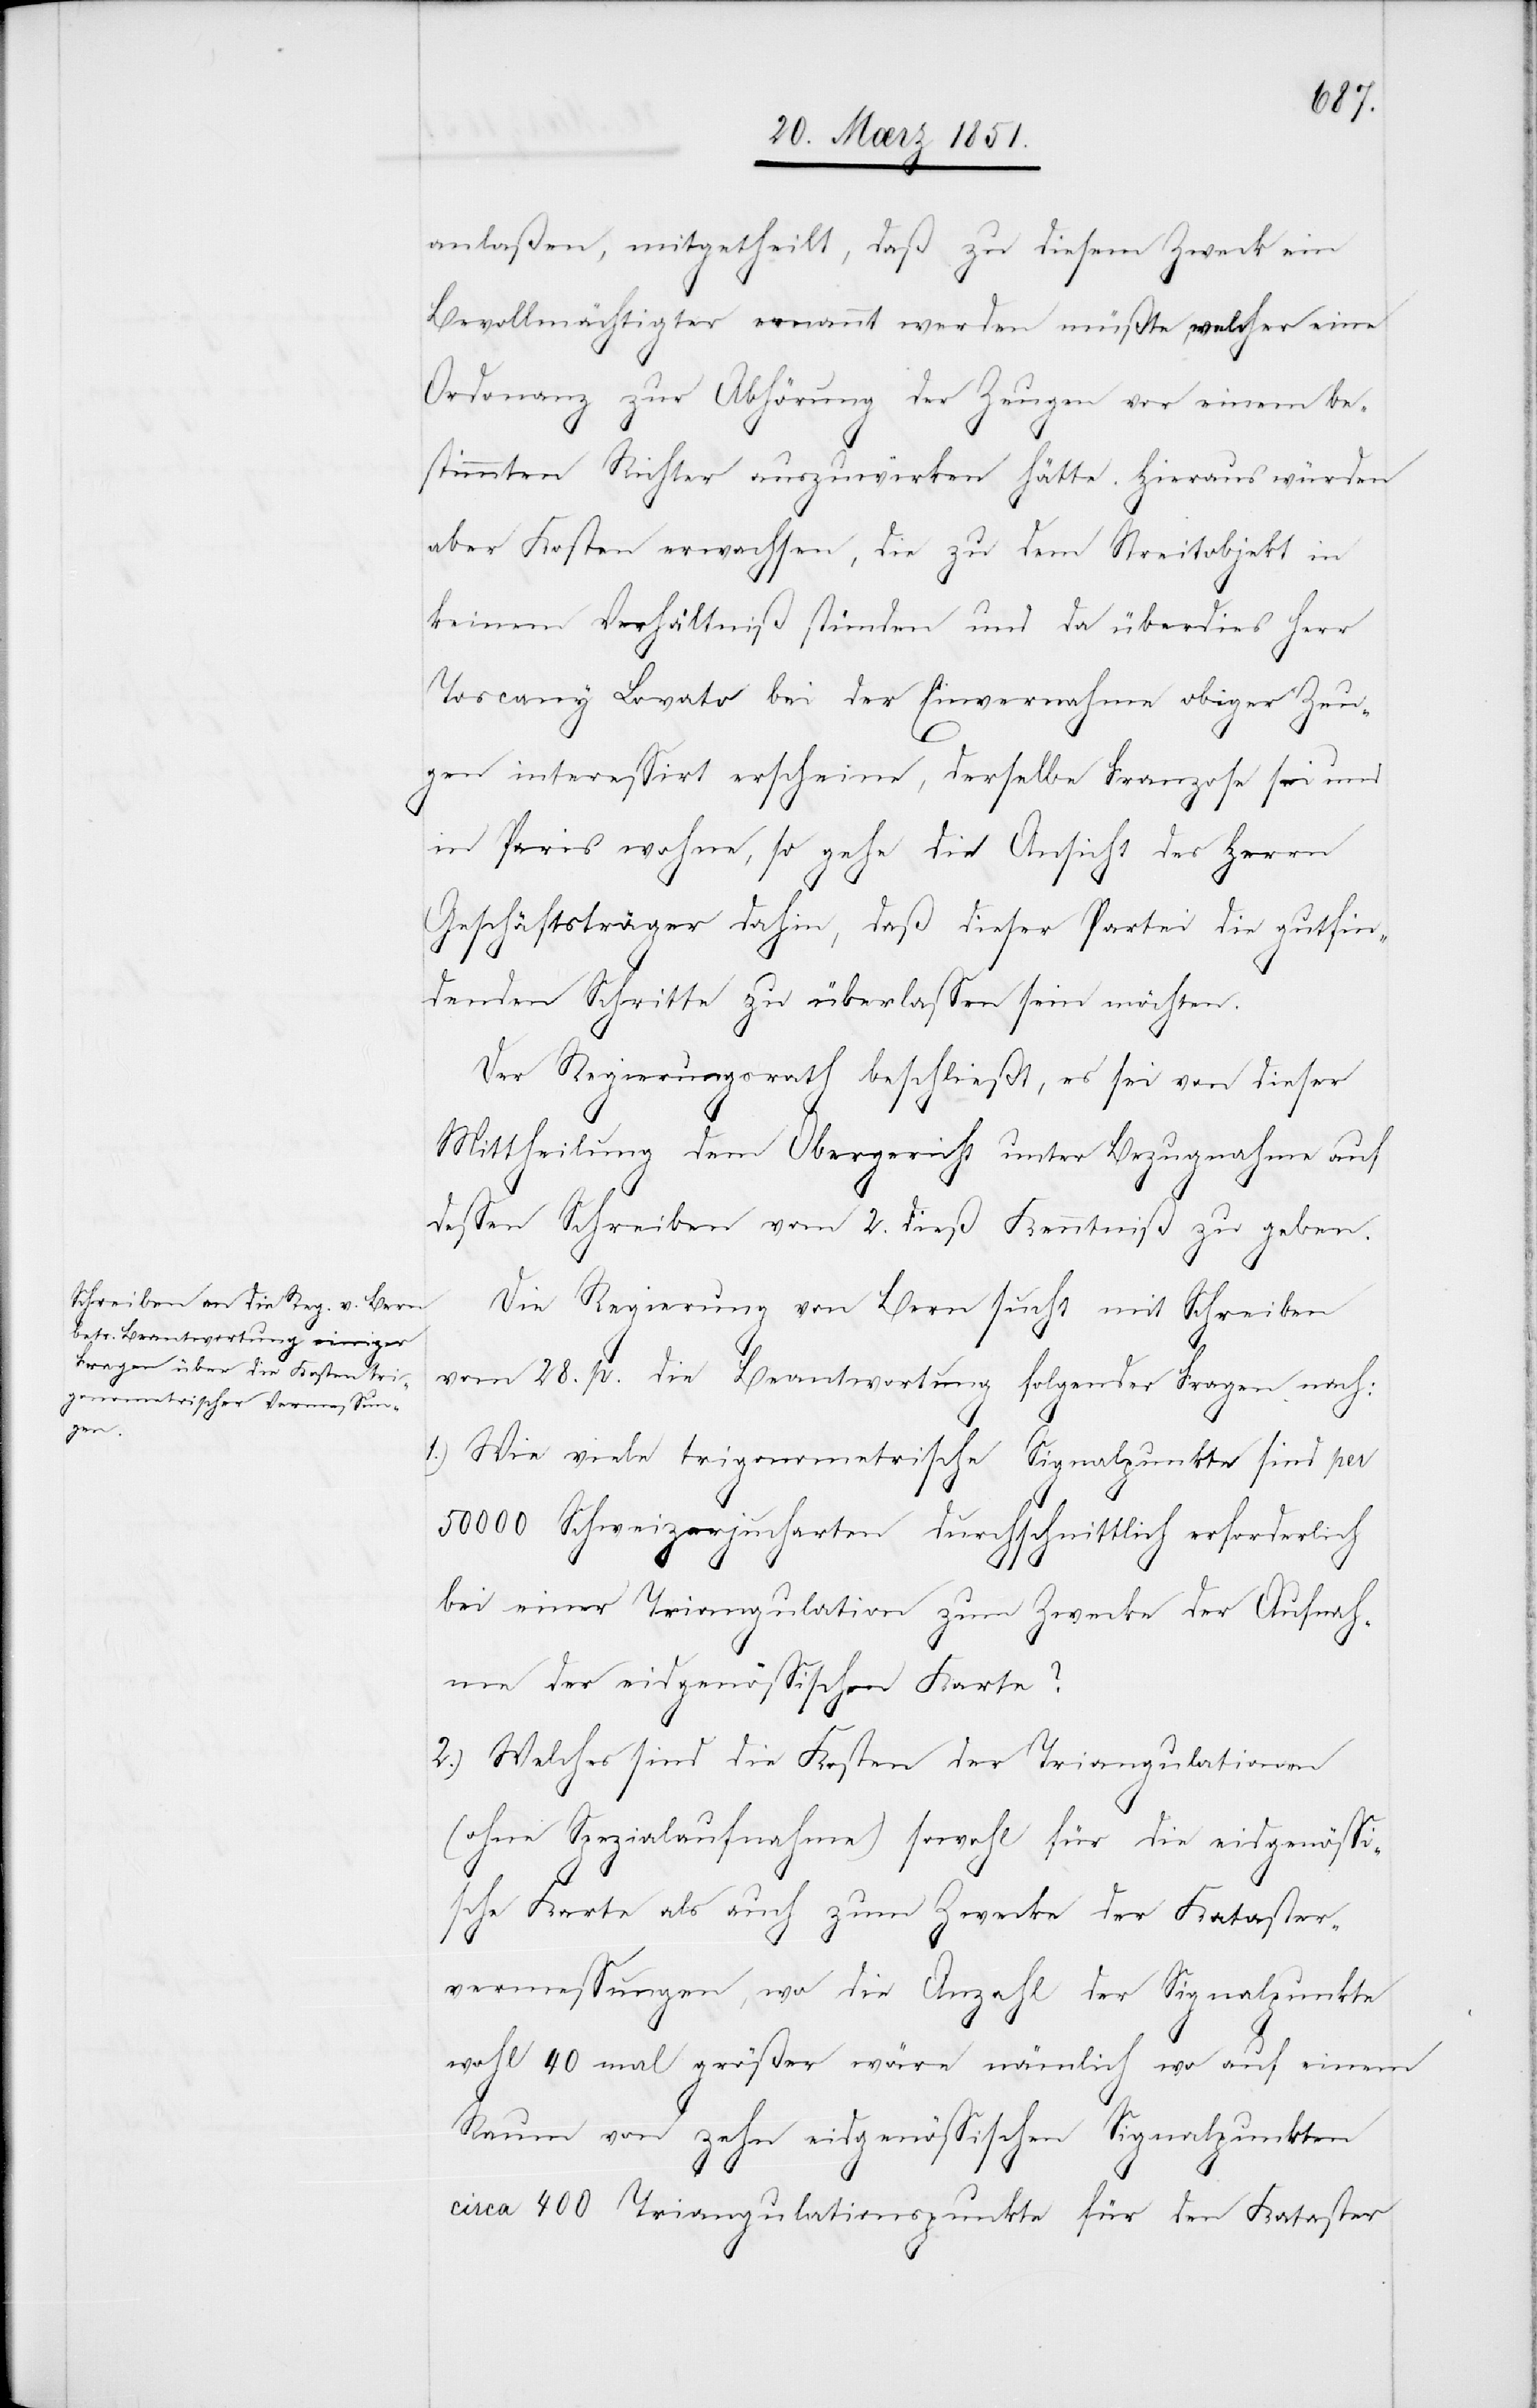
anlaßen, mitgetheilt, daß zu diesem Zweck ein
Bevollmächtigter ernannt werden müßte, welcher eine
Ordonanz zur Abhörung der Zeugen vor einem be¬
stimmten Richter auszuwirken hätte. Hieraus würden
aber Kosten erwachsen, die zu dem Streitobjekt in
keinem Verhältniß stünden und da überdies Herr
[sic!] Lovato bei der Einvernahme obiger Zeu¬
gen interessirt erscheine, derselbe Franzose sei und
in Paris wohne, so gehe die Ansicht des Herrn
Geschäftsträger dahin, daß dieser Partei die gutfin¬
denden Schritte zu überlassen sein möchten.
Der Regierungsrath beschließt, es sei von dieser
Mittheilung dem Obergericht unter Bezugnahme auf
dessen Schreiben vom 2. dieß Kenntniß zu geben.
Die Regierung von Bern sucht mit Schreiben
vom 28. p. die Beantwortung folgender Fragen nach:
Wie viele trigonometrische Signalpunkte sind per
50000 Schweizerjucharten durchschnittlich erforderlich
bei einer Triangulation zum Zwecke der Aufnah¬
me der eidgenössischen Karte?
Welches sind die Kosten der Triangulationen
(ohne Spezialaufnahme) sowohl für die eidgenössi¬
sche Karte als auch zum Zwecke der Kataster¬
vermessungen, wo die Anzahl der Signalpunkte
wohl 40 mal größer wäre nämlich wo auf einem
Raum von zehn eidgenössischen Signalpunkten
circa 400 Triangulationspunkte für den Kataster